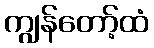
ကျွန်တော့်ထံ